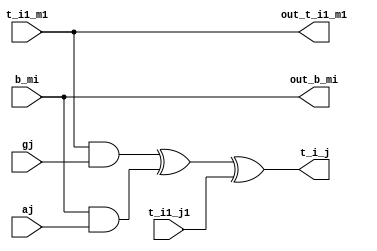
/*
@Func: the basic iterative unit in algorithm for MSB-first multiplication in GF(2^m)2. 
@Author: Jinyu Xie, Wenzhao Xie, Yuteng Huang, Hao Sun.
@Date: 2018/11/21
*/

module iterative_unit(
	input wire aj,
	input wire gj,
	input wire t_i1_j1,
	input wire t_i1_m1,
	input wire b_mi,

	output wire out_t_i1_m1,
	output wire out_b_mi,
	output wire t_i_j
);


assign out_t_i1_m1 = t_i1_m1;
assign out_b_mi = b_mi;

assign t_i_j = (t_i1_m1&gj)^(b_mi&aj)^t_i1_j1;

endmodule // iterative_unit